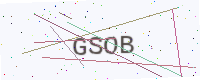
Text: GSOB